Lunatic asylums Bombay report 1878-1890 - 1878-1890
Year: 1878
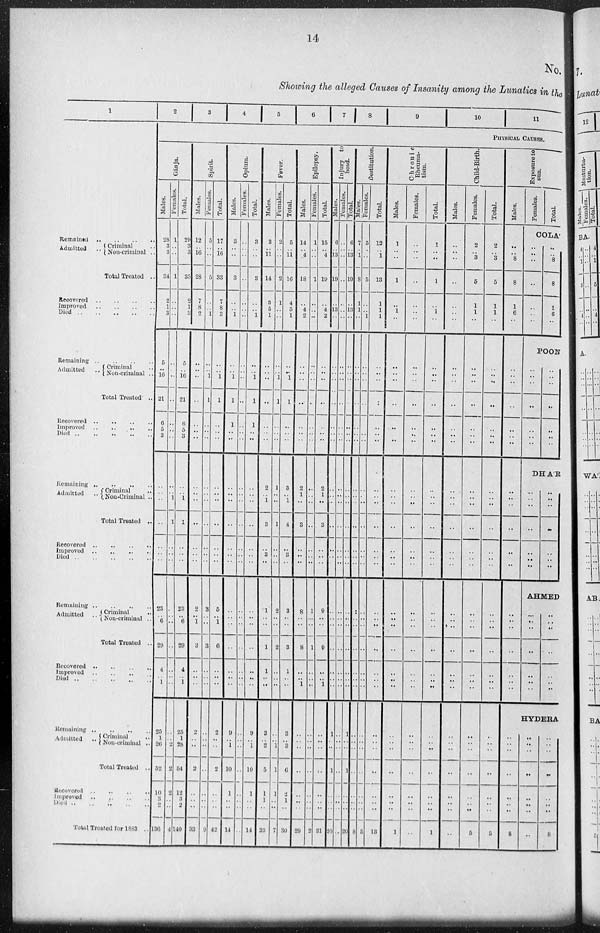
14
No.
Showing the alleged Causes of Insanity among the Lunatics in the
1
Remained
Admitted
.. .. .. .. ..
Criminal ...
Non-criminal ..
Total Treated ..
Recovered
Improved Died ..
Remaining
Admitted Criminal Non-criminal ..
Total Treated ..
Recovered .. .. .. ..
Improved .. .. .. ..
Died .. .. .. ..
Remaining .. .. .. ..
Admitted
Criminal ...
Non-Criminal ...
Total Treated ..
Recovered .. ... ..
Improved .. .. .. ..
Died .. .. .. .. ..
Remaining .. .. .. ..
Admitted... Criminal ...
Non-criminal ...
Total Treated ...
Recovered .. .. .. ..
Improved .. .. .. ..
Died .. .. .. ..
Remaining .. .. .. ..
Admitted
Criminal ...
Non-criminal ...
Total Treated ...
Recovered .. .. .. ..
Improved .. .. .. ..
Died .. .. .. ..
Total Treated for 1883 ...
2
3
4
5
6 7 8
9
10
11
PHYSICAL
CAUSES.
Gánja.
Males.
28
3
3
34
2
1
3
5
... 16
21
6
5 3
...
... ...
...
...
...
...
23
... 6
29
4
... 1
25
1
26
52
10
3
2
136
Females.
1
...
...
1
...
...
...
...
...
...
...
...
...
...
...
... 1
1
...
...
...
...
...
...
...
...
...
...
...
...
2
2
2
...
...
4
Total.
29
3
3
35
2
1
3
5
...
16
21
6
5
3
...
... 1
1
...
...
...
23
... 6
29
4
... 1
25
1
28
54
12
3
2
140
Spirit.
Males.
12
...
16
28
7
8
2
...
...
...
...
...
...
...
...
...
...
...
...
...
...
2
... 1
3
...
...
...
2
...
...
2
...
...
...
33
Females.
5
...
...
5
...
... 1
...
... 1
1
...
...
...
...
...
...
...
...
...
...
3
...
...
3
...
...
...
...
...
...
...
...
...
...
9
Total.
17
...
16
33
7
8
3
...
... 1
1
...
...
...
...
...
...
...
...
...
...
5
... 1
6
...
...
...
2
...
...
2
...
...
...
42
Opium.
Males.
3
...
...
3
...
... 1
...
... 1
1
1
...
...
...
...
...
...
...
...
...
...
...
...
...
...
...
...
9
... 1
10
1
...
...
14
Females.
...
...
...
...
...
...
...
...
...
...
...
...
...
...
...
...
...
...
...
...
...
...
...
...
...
...
...
...
...
...
...
...
...
...
...
...
Total.
3
...
...
3
...
... 1
...
... 1
1
1
...
...
...
...
...
...
...
...
...
...
...
...
...
...
...
...
9
... 1
10
1
...
...
14
Fever.
Males.
3
...
11
14
3
5
1
...
...
...
...
...
...
...
2
... 1
3
...
3
...
1
...
...
1
1
...
...
3
... 2
5
1
1
...
23
Females.
2
...
...
2
1
...
...
...
... 1
1
...
...
...
1
...
...
1
...
...
...
2
...
...
2
...
...
...
...
...
1
1
1
...
...
7
Total.
5
...
11
16
4
5
1
...
... 1
1
...
...
...
3
... 1
4
...
3
...
3
...
...
3
1
...
...
3
...
3
6
2
1
...
30
Epilepsy.
Males.
14
...
4
18
...
4
2
...
...
...
...
...
...
...
2
1
...
3
...
...
...
8
...
...
8
...
... 1
...
...
...
...
...
...
...
29
Females.
1
...
...
1
...
...
...
...
...
...
...
...
...
...
...
...
...
...
...
...
...
1
...
...
1
...
...
...
...
...
...
...
...
...
...
2
Total.
15
...
4
19
...
4
2
...
...
...
...
...
...
...
2
1
...
3
...
...
...
9
...
...
9
...
...
1
...
...
...
...
...
...
...
31
I nj ur y to
head.
Males.
6
...
13
19
...
13
...
...
...
...
...
...
...
...
...
...
...
...
...
...
...
...
...
...
...
...
...
...
1
...
...
1
...
...
...
20
Females.
...
...
...
...
...
...
...
...
....
...
...
...
...
...
...
...
...
...
...
...
...
...
...
...
...
...
...
...
...
...
...
...
...
...
...
...
Total.
6
...
13
19
...
13
...
...
...
...
...
...
...
...
...
...
...
...
...
...
...
...
...
...
...
...
...
...
1
...
...
1
...
...
...
20
Des t
i
t
ut i
on.
Mal es .
7
...
1
8
1
1
...
...
...
...
...
...
...
...
...
...
...
...
...
...
...
...
...
...
...
...
...
...
...
...
...
...
...
...
...
8
Females
5
...
...
5
...
...
1
...
...
...
...
...
...
...
...
...
...
...
...
...
...
...
...
...
...
...
...
...
...
...
...
...
...
...
...
5
Total.
12
...
1
13
1
1
1
...
...
...
...
...
...
...
...
...
...
...
...
...
...
...
...
...
...
...
...
...
...
...
...
...
...
...
...
13
Chronic
Rheuma-
tism.
Males.
1
...
...
1
...
1
...
...
...
...
...
...
...
...
...
...
...
...
...
...
...
...
... ...
...
...
...
...
...
...
...
...
...
...
...
1
Females.
...
...
...
...
...
...
...
...
...
...
...
...
...
...
...
...
...
...
...
...
...
...
...
...
...
...
...
...
...
...
...
...
...
...
...
...
Total.
1
...
...
1
...
1
...
...
...
...
...
...
...
...
...
...
...
...
...
...
...
...
...
...
...
...
...
...
...
...
...
...
...
...
...
1
Child-Birth.
Males.
...
...
...
...
...
...
...
...
...
...
...
...
...
...
...
...
...
...
...
...
...
...
...
...
...
...
...
...
...
...
...
...
...
...
...
...
Females.
2
...
3
5
1
1
...
...
...
...
...
...
...
...
...
...
...
...
...
...
...
...
...
...
...
...
...
...
...
...
...
...
...
...
...
5
Total.
2
...
3
5
1
1
...
...
...
...
...
...
...
...
...
...
...
...
...
...
...
...
...
...
...
...
...
...
...
...
...
...
...
...
...
5
Exposure to
sun.
Males.
...
...
8
8
1
6
...
Females.
Total.
COLA
...
...
...
...
...
...
...
...
...
8
8
1
6
...
POON
...
...
...
...
...
...
...
...
...
...
...
...
...
...
...
...
...
...
...
...
...
DHAR
...
...
...
...
...
...
...
...
...
...
...
...
...
...
...
...
...
...
...
...
...
AHMED
...
...
...
...
...
...
...
...
...
...
...
...
...
...
...
...
...
...
...
...
...
HYDERA
...
...
...
...
...
...
...
8
...
...
...
...
...
...
...
...
...
...
...
...
...
...
...
8